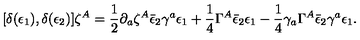
[ \delta ( \epsilon _ { 1 } ) , \delta ( \epsilon _ { 2 } ) ] \zeta ^ { A } = \frac 1 2 \partial _ { a } \zeta ^ { A } \bar { \epsilon } _ { 2 } \gamma ^ { a } \epsilon _ { 1 } + \frac 1 4 \Gamma ^ { A } \bar { \epsilon } _ { 2 } \epsilon _ { 1 } - \frac 1 4 \gamma _ { a } \Gamma ^ { A } \bar { \epsilon } _ { 2 } \gamma ^ { a } \epsilon _ { 1 } .